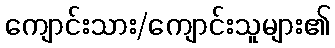
ကျောင်းသား/ကျောင်းသူများ၏